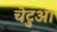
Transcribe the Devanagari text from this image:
चेटुआ